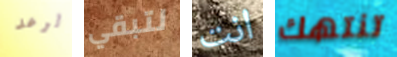
الرعد لتبقي انت تنتهك